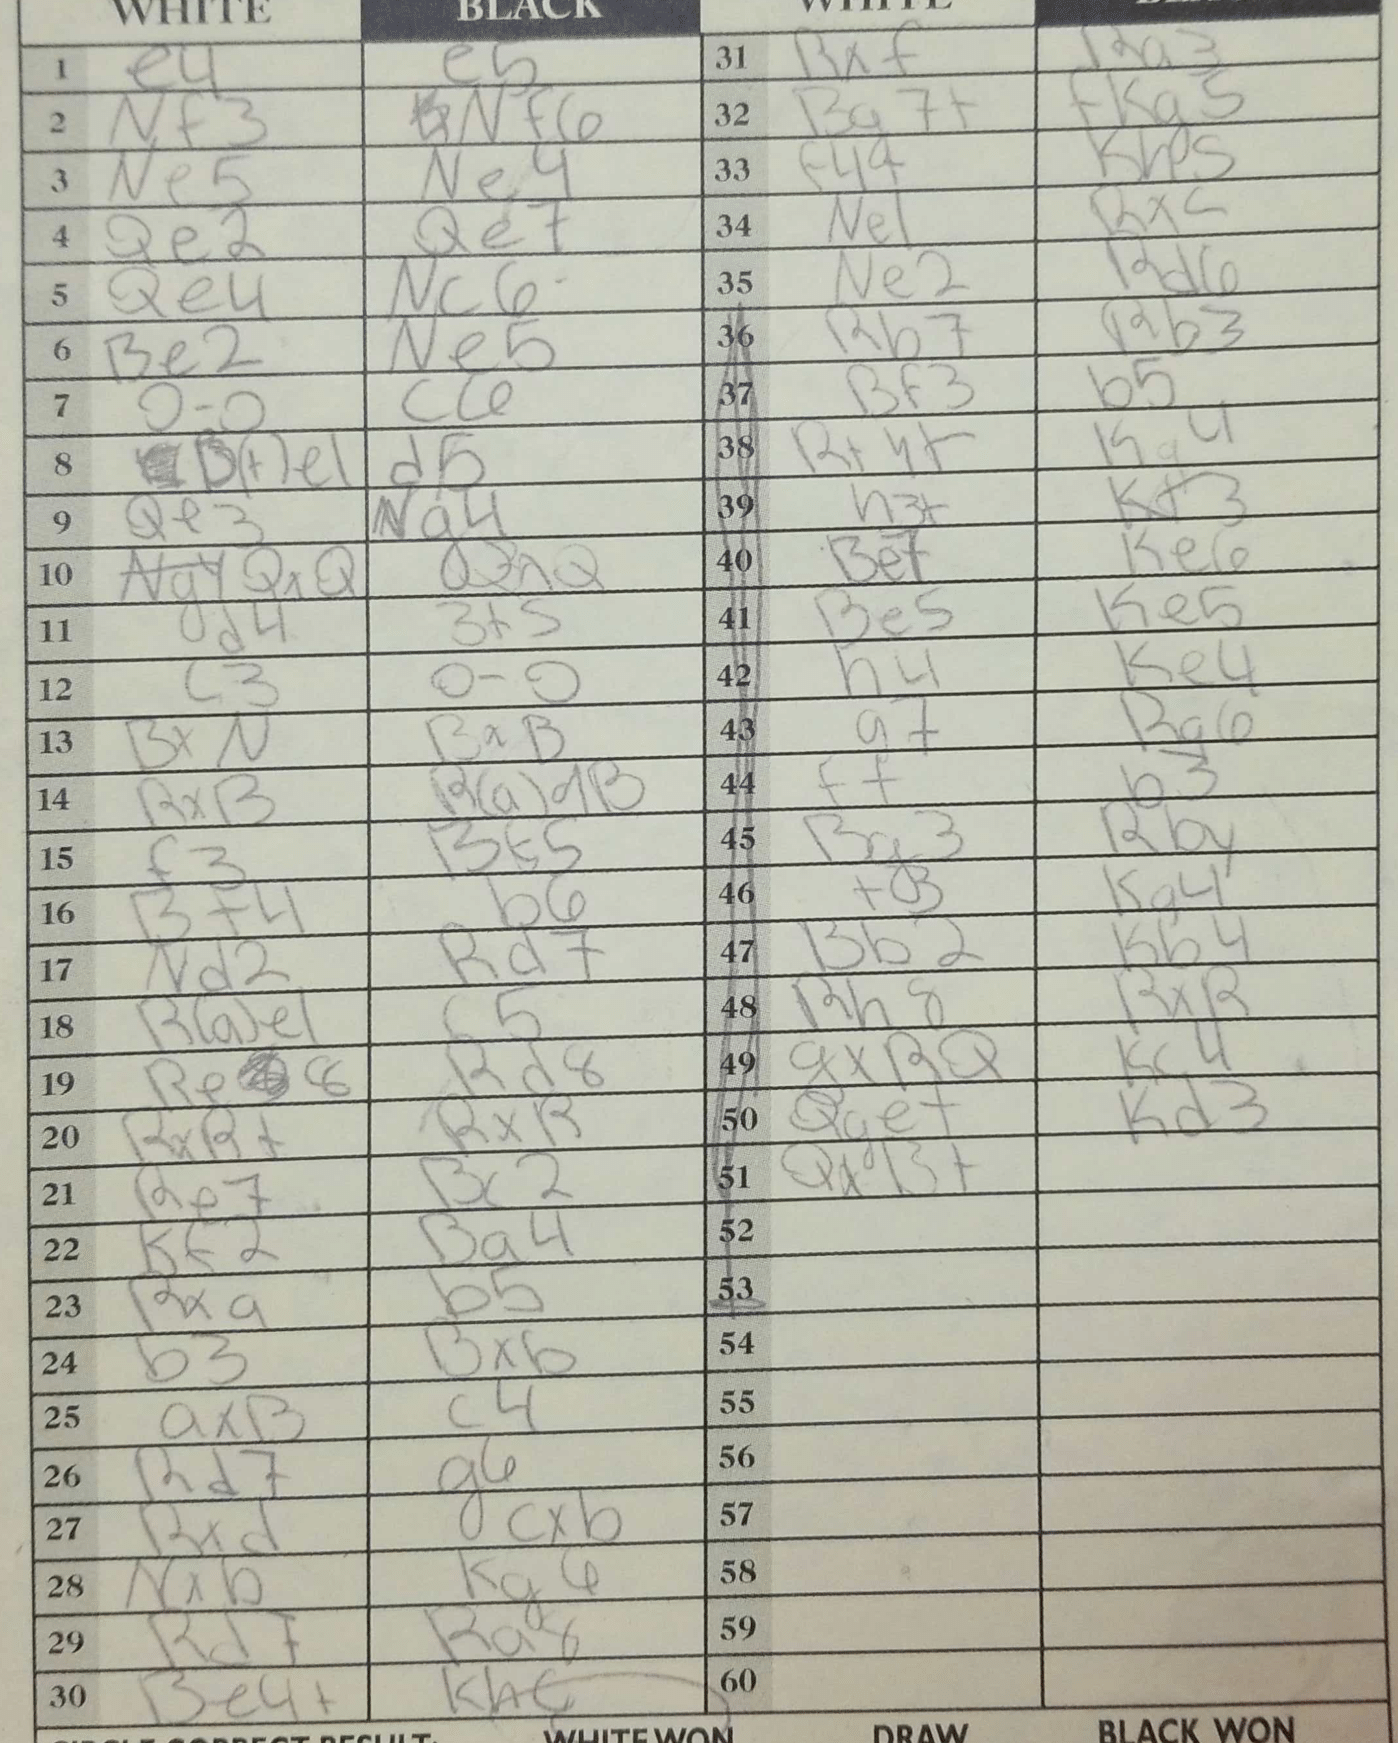
Moves: e4 e5 Nf3 Nf6 Ne5 Ne4 Qe2 Qe7 Qe4 Nc6 Be2 Ne5 O-O c6 Bfe1 d5 Qe3 Ng4 QxQ QxQ d4 Bf5 c3 O-O BxN BxB RxB Rad8 f3 Bf5 Bf4 b6 Nd2 Rd7 Rae1 b5 Rec6 Rd8 RxB+ RxB Re7 Bc2 Kf2 Ba4 Rxa b5 b3 Bxb axB c4 Rd7 g6 Rxd cxb Nxb Kg6 Rd7 Ra8 Be4+ Kh6 Rxf Ra3 Ba7+ Kg5 f4+ Kh5 Ne1 Rxc Ne2 Rd6 Rb7 Rb3 Bf3 b5 Rxh+ Ka4 h3+ Kf3 Be7 Ke6 Be5 Ke5 h4 Ke4 g7 Ra6 f7 b3 Bg3 Rb4 f3 Kg4 Bb2 Kb4 Rh8 RxR gxRQ Kc4 Qg3+ Kd3 QxB+